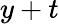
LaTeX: y+t